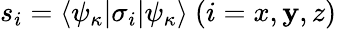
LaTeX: s_{i}=\langle\psi_{\kappa}|\sigma_{i}|\psi_{\kappa}\rangle~(i=x,\mathbf{y},z)